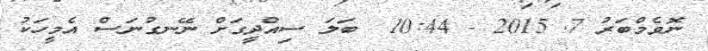
ނޮވެމްބަރު 7